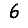
Digit: 6